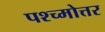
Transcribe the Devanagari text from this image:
पश्च्मोत्तर